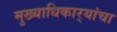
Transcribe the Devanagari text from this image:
मुख्याधिकार्‍यांचा